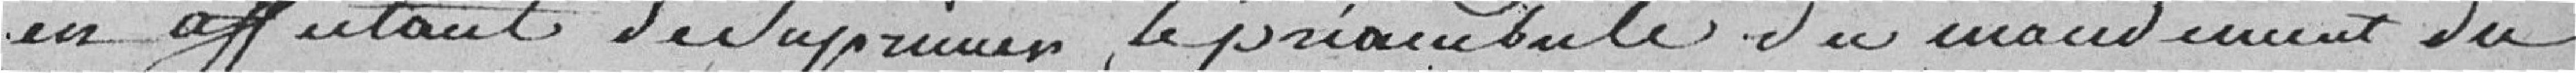
en affectant de Supprimer le préambule du mandemant du